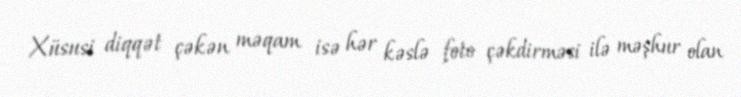
Xüsusi diqqət çəkən məqam isə hər kəslə foto çəkdirməsi ilə məşhur olan